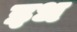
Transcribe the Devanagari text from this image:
इध